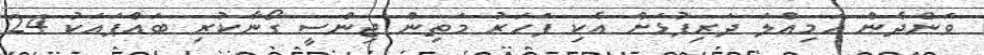
ވަންދެން އަމިއްލަ ދަރިފުޅަށް އެކި ފަހަރު މަތިން ޖިންސީ ގޯނާކުރި ބައްޕައަކު 24